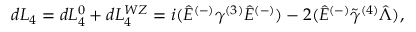
d { \cal L } _ { 4 } = d { \cal L } _ { 4 } ^ { 0 } + d { \cal L } _ { 4 } ^ { W Z } = i ( \hat { E } ^ { ( - ) } \gamma ^ { ( 3 ) } \hat { E } ^ { ( - ) } ) - 2 ( \hat { E } ^ { ( - ) } \tilde { \gamma } ^ { ( 4 ) } \hat { \Lambda } ) ,